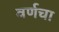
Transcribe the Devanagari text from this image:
वर्णचा